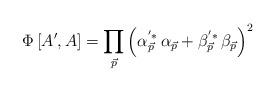
LaTeX: \begin{align*}\Phi \left[ A^{\prime },A\right] =\prod_{\vec p}\left( \alpha_{\vec p}^{^{\prime }*}\,\alpha _{\vec p}+\beta _{\vec p}^{^{\prime}*}\,\beta _{\vec p}\right) ^2\end{align*}